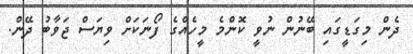
ދެން މިގަޑީގައި ބޭނުން ނުވީ ކޮންމެ މީހެއްގެ ފޯނަކަށް ވިޔަސް ޖަވާބު ދޭން.